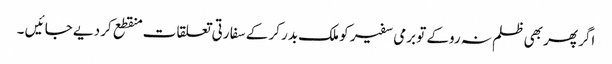
اگر پھر بھی ظلم نہ روکے تو برمی سفیر کو ملک بدر کر کے سفا رتی تعلقا ت منقطع کر دیے جا ئیں ۔